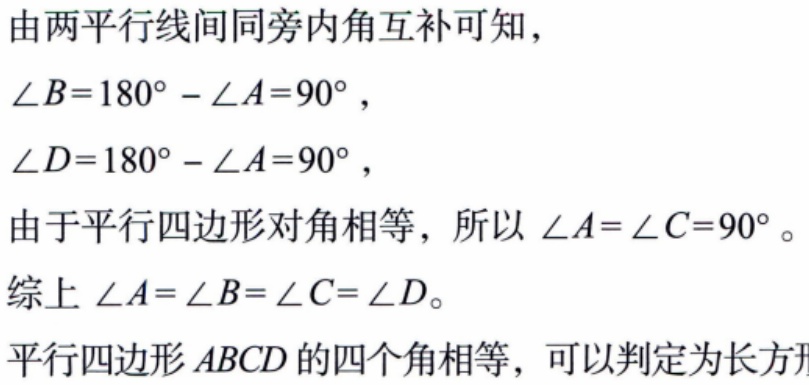
由两平行线间同旁内角互补可知，

\(\angle B = 180^{\circ}-\angle A = 90^{\circ}\)，

\(\angle D = 180^{\circ}-\angle A = 90^{\circ}\)，

由于平行四边形对角相等，所以 \(\angle A=\angle C = 90^{\circ}\)。

综上 \(\angle A=\angle B=\angle C=\angle D\)。

平行四边形 \(ABCD\) 的四个角相等，可以判定为长方形